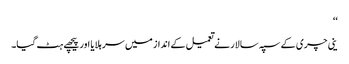
‘‘
ینی چری کے سپہ سالار نے تعمیل کے انداز میں سر ہلایا اور پیچھے ہٹ گیا۔